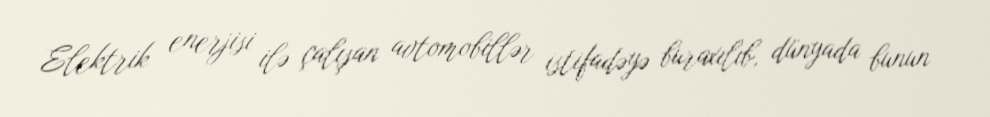
Elektrik enerjisi ilə çalışan avtomobillər istifadəyə buraxılıb, dünyada bunun